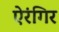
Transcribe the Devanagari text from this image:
ऐरंगिर